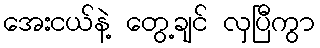
အေးငယ်နဲ့ တွေ့ချင် လှပြီကွာ